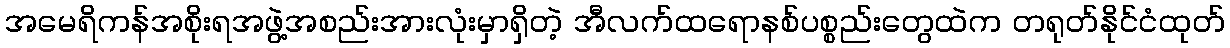
အမေရိကန်အစိုးရအဖွဲ့အစည်းအားလုံးမှာရှိတဲ့ အီလက်ထရောနစ်ပစ္စည်းတွေထဲက တရုတ်နိုင်ငံထုတ်